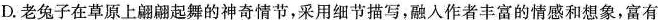
D.老兔子在草原上翩翩起舞的神奇情节，采用细节描写，融入作者丰富的情感和想象，富有